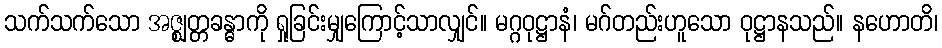
သက်သက်သော အဇ္ဈတ္တခန္ဓာကို ရှုခြင်းမျှကြောင့်သာလျှင်။ မဂ္ဂဝုဋ္ဌာနံ၊ မဂ်တည်းဟူသော ဝုဋ္ဌာနသည်။ နဟောတိ၊